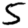
Digit: 5